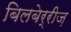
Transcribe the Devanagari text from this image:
बिलबेर्रीज़